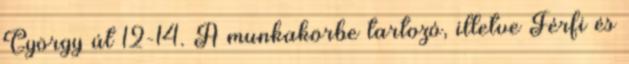
György út 12-14. A munkakörbe tartozó, illetve Férfi és